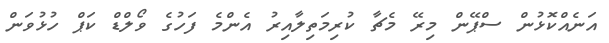
އަނެއްކޮޅުން ސްޕޭން މިރޭ މެޗާ ކުރިމަތިލާއިރު އެންމެ ފަހުގެ ވޯލްޑް ކަޕް ހުޅުވަން